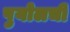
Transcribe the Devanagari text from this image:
पुयोलची